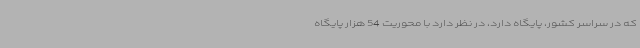
که در سراسر کشور، پایگاه دارد، در نظر دارد با محوریت 54 هزار پایگاه